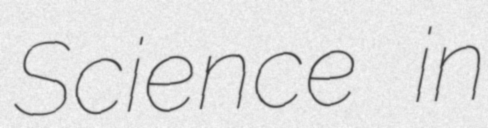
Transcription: Science in